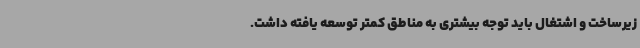
زیرساخت و اشتغال باید توجه بیشتری به مناطق کمتر توسعه یافته داشت.